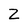
Character: Z